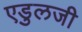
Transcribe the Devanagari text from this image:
एडुलजी